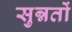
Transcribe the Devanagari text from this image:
सुन्नतों